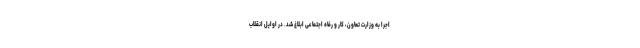
اجرا به وزارت تعاون، کار و رفاه اجتماعی ابلاغ شد. در اوایل انقلاب